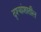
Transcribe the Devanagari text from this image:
दृश्यांशातील